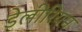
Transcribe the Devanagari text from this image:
डेलीरियम